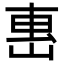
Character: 𡸸